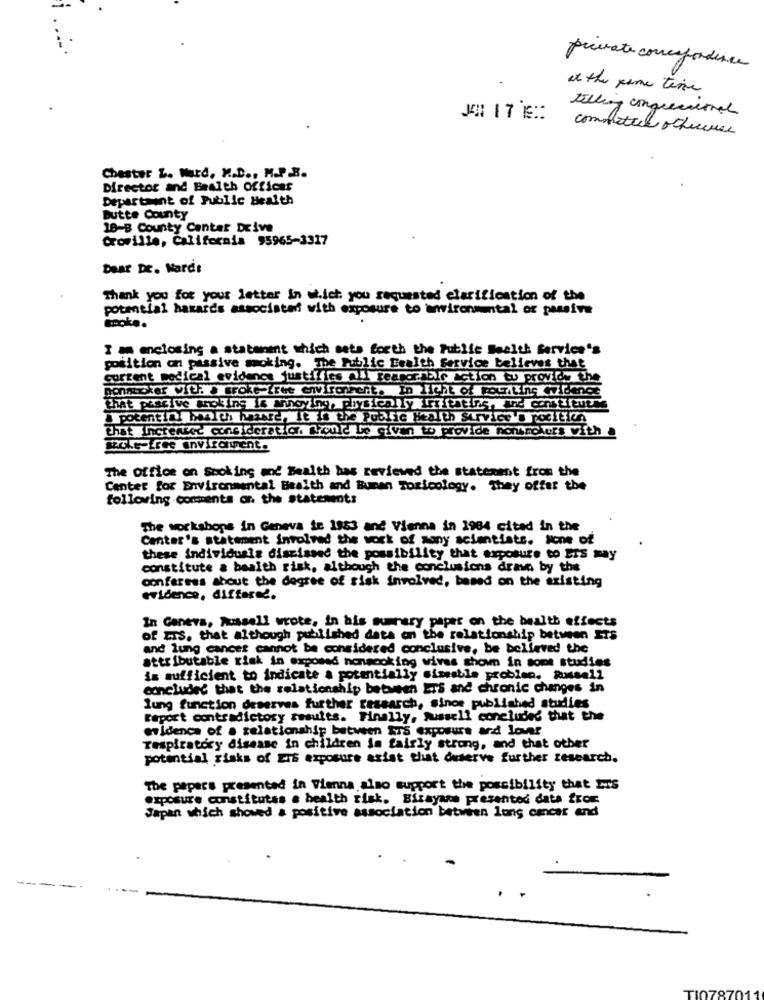
private concefondence
at the same time
telling conqueniemal
commetil others
Chester &. Ward, M.D ., M.P.B.
Director and Health Offices
Department of Public Health
Butte County
18-8 County Center Drive
Croville, California 95965-3317
Dear DE. Mardi
Thank you for your letter in w.ich you requested clarification of the
potential hazards associated with exposure to wwironmantal or paufre
azoke.
I'm enclosing a statement which mete forth the Public Health Service's
position on passive moking. The Public Eealth Service believes that
current medical evidence justifies all teanormale action to provide the
nonnecker VIth . Broke free wivironment. In licht of ForitIns evidence
that passive aring is annoying, physically irritating, and constitutes
a potential health haanre, It is the Public Health Service a pocitich
that Inctenker consideratier. should be given to provide nombrokers with .
TT-free environment.
The Office on Smoking and Wealth has reviewed the statement from the
Center for Environmental Bealth and Buren Toxicology. They offer the
following comments or. the statements
The workshops in Geneva te 1883 and Vienna in 1984 cited in the
Center's statement involved the work of sony scientists. None of
these individuals dismissed the possibility that exposure to ETS may
constitute a health risk, although the conclusions drawn by the
conferees about the degree of risk involved, based on the existing
evidence, differed.
In Caneva, Russell wrote, in his summary paper on the health effects
of ITS, that although published data on the relationship between ETS
and lung cancer cannot be considered conclusive, be believed the
attributable risk in exposed nonscoking wives shown in some studies
is sufficient to indicate a potentially simsable problen. Russell
concluded that the relationship between ETS and chronic changes in
lung function deserves further research, since published studies
raport contradictory sesuits. Finally, Russell concluded that the
evidence of a relationship between Ers exposure and lover
respiratory disease in children is fairly strong, and that other
potential risks of ETS exposure asist that onserve further research.
The papers presented in Vienna also support the possibility that Ins
exposure constitutes a bealth risk. Bizayas presented data from
Japan which showed a positive association between lung cancer and